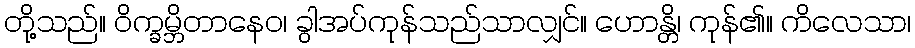
တို့သည်။ ဝိက္ခမ္ဘိတာနေဝ၊ ခွါအပ်ကုန်သည်သာလျှင်။ ဟောန္တိ၊ ကုန်၏။ ကိလေသာ၊